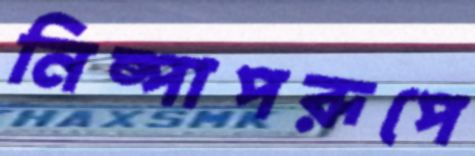
নিষ্পাপরূপে